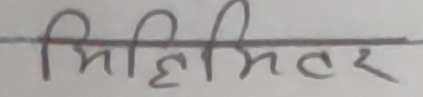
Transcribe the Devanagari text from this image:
मिहिमितर